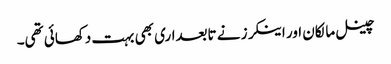
چینل مالکان اور اینکرز نے تابعداری بھی بہت دکھائی تھی۔